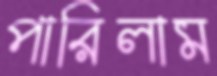
পারিলাম